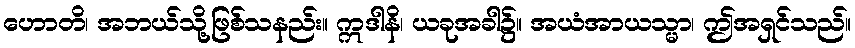
ဟောတိ၊ အဘယ်သို့ဖြစ်သနည်း။ ဣဒါနိ၊ ယခုအခါ၌။ အယံအာယသ္မာ၊ ဤအရှင်သည်။